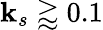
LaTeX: \mathbf{k}_{s}\gtrapprox0.1